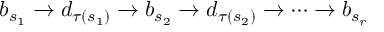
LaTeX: b _ { s _ { 1 } } \rightarrow d _ { \tau ( s _ { 1 } ) } \rightarrow b _ { s _ { 2 } } \rightarrow d _ { \tau ( s _ { 2 } ) } \rightarrow \dots \rightarrow b _ { s _ { r } }